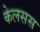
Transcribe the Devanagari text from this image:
केलसस